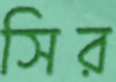
সির